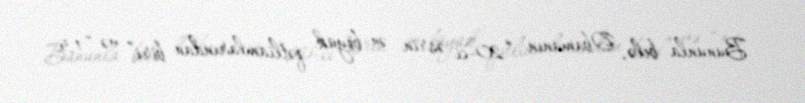
Bununla belə, Obamanın “20-ci əsrin ən böyük qətliamlarından biri” və “1,5